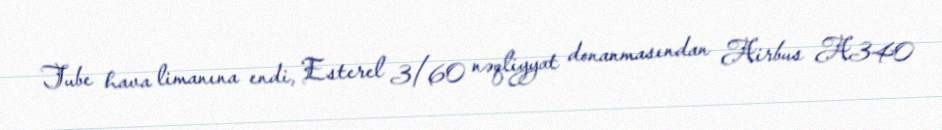
Tube hava limanına endi, Esterel 3/60 nəqliyyat donanmasından Airbus A340